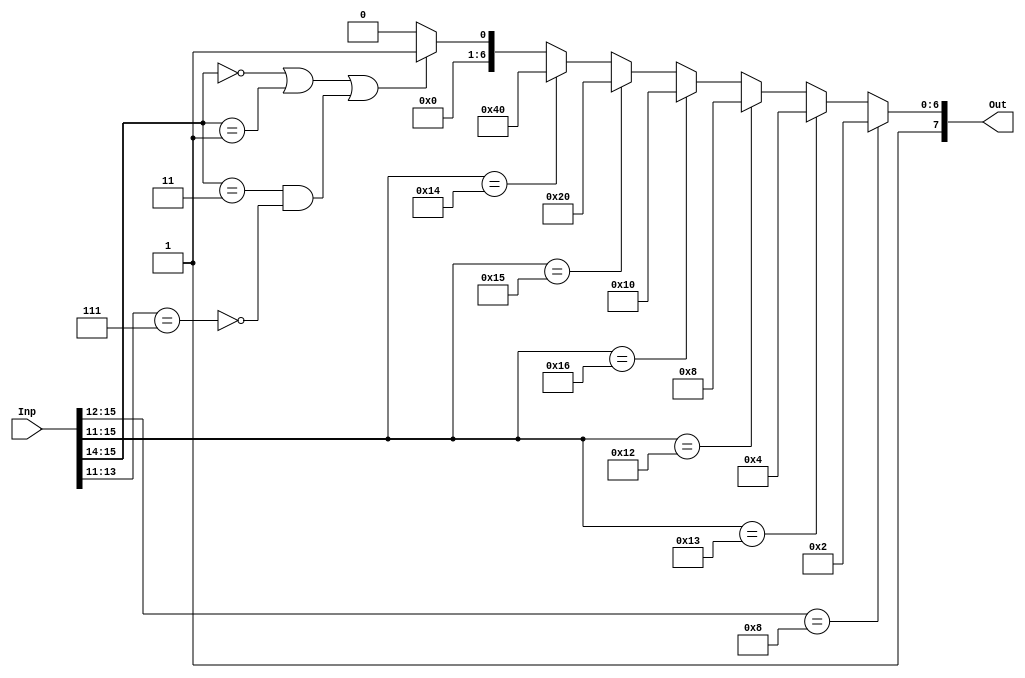
`define ADD 7'b000_0001
`define SUB 7'b000_0010
`define AND 7'b000_0100
`define OR  7'b000_1000
`define NOT 7'b001_0000
`define SHR 7'b010_0000
`define SHL 7'b100_0000

module alu_control_unit(Inp,Out);
localparam ADD = 7'b000_0001;
localparam SUB = 7'b000_0010;
localparam AND = 7'b000_0100;
localparam OR  = 7'b000_1000;
localparam NOT = 7'b001_0000;
localparam SHR = 7'b010_0000;
localparam SHL = 7'b100_0000;
input [16:0]Inp;
output [7:0]Out;

assign Out[6:0]= (Inp[15:12]==4'b1000)?SUB:
            (Inp[15:11]==5'b10011)?AND:
            (Inp[15:11]==5'b10010)?OR:
            (Inp[15:11]==5'b10110)?NOT:
            (Inp[15:11]==5'b10101)?SHR:
            (Inp[15:11]==5'b10100)?SHL:
            (Inp[15:14]==2'b0 || 
            Inp[15:14]==2'b01 ||
            (Inp[15:14]==2'b11 && !(Inp[13:11]==3'b111)) )? ADD : 7'b0;

assign Out[7]=1'b1;
// a faire la derniere signal (control)

endmodule